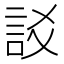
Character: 訤